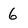
Character: 6